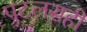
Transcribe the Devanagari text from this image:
पटलसही